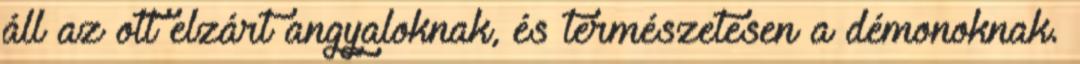
áll az ott elzárt angyaloknak, és természetesen a démonoknak.